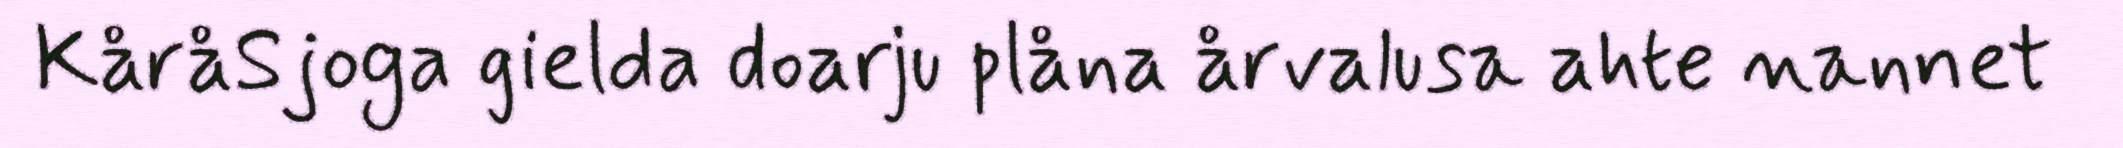
KåråSjoga gielda doarju plåna årvalusa ahte nannet